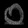
Digit: ၀